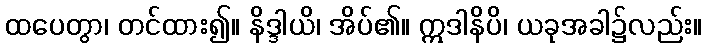
ထပေတွာ၊ တင်ထား၍။ နိဒ္ဒါယိ၊ အိပ်၏။ ဣဒါနိပိ၊ ယခုအခါ၌လည်း။